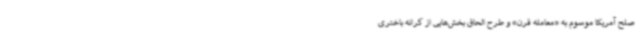
صلح آمریکا موسوم به «معامله قرن» و طرح‌ الحاق بخش‌هایی از کرانه باختری